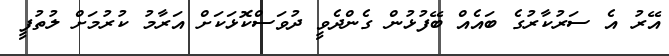
އޭރު އެ ސަރުކާރުގެ ބައެއް ބޭފުޅުން ގެންދެވީ ދުވަސްކޮޅަކަށް އަރާމު ކުރުމަށް ލުތުފީ